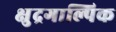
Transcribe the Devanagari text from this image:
क्षुद्रगाल्पिक